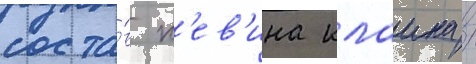
соста́в к'ев'ина клаина /